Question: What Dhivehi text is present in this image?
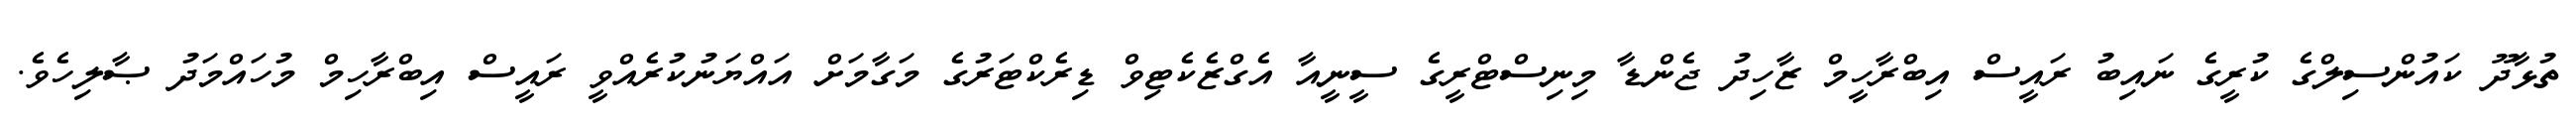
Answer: ތުޅާދޫ ކައުންސިލްގެ ކުރީގެ ނައިބު ރައީސް އިބްރާހީމް ޒާހިދު ޖެންޑާ މިނިސްޓްރީގެ ސީނީއާ އެގްޒެކެޓިވް ޑިރެކްޓަރުގެ މަގާމަށް އައްޔަނުކުރެއްވީ ރައީސް އިބްރާހިމް މުހައްމަދު ޞާލިހެވެ.